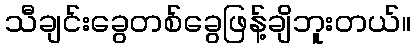
သီချင်းခွေတစ်ခွေဖြန့်ချိဘူးတယ်။